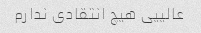
عالییی هیچ انتقادی ندارم